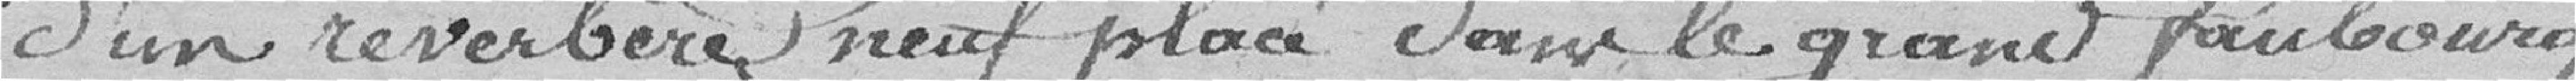
d'un réverbère neuf placé dans le grand faubourg